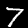
Label: 7